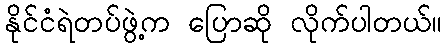
နိုင်ငံရဲတပ်ဖွဲ့က ပြောဆို လိုက်ပါတယ်။